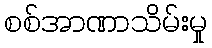
စစ်အာဏာသိမ်းမှု